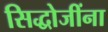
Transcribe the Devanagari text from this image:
सिद्धोजींना